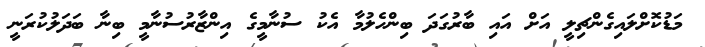
މަޑުކޮށްލައިގެންޗިލީ އަށް އައި ބާރުގަދަ ބިންހެލުމާ އެކު ސުނާމީގެ އިންޒާރުސުނާމީ ބިނާ ބަދަލުކުރަނީ